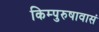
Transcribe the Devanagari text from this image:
किम्पुरुषावासं